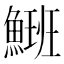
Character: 𩺡